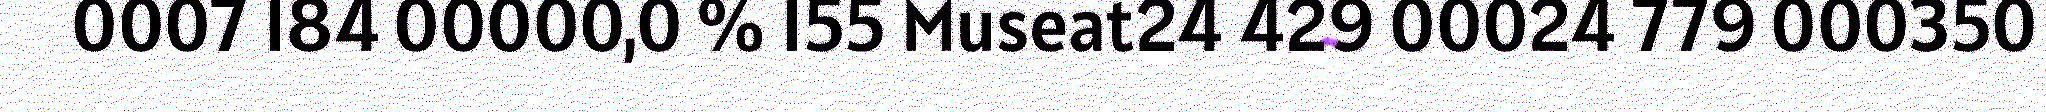
0007 184 00000,0 % 155 Museat24 429 00024 779 000350